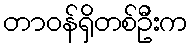
တာဝန်ရှိတစ်ဦးက